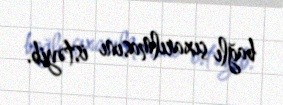
bağlı çıxarılmasını istəyib.